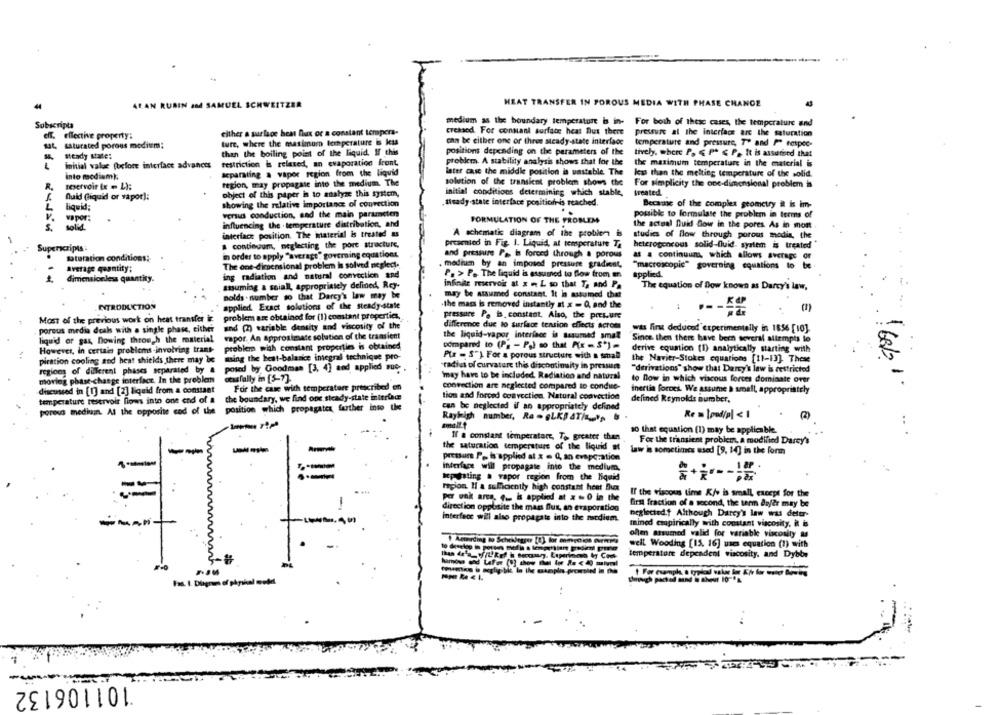
ARAN RUBIN
TZER
HEAT TRANSFER IN POROUS MEDIA WITH PHASE CHANGE
medium as the boundary temperature is in-
Subscripts
For both of these cases, the temperature and
eff. effective property:
either a surlage heat fax or a constant tempera-
creased. For consant surface heat But there
pressure at the interface are the saturation
ture, where the maximum temperature is less
chn be either one or three steady-state interface
temperature and pressure, T' and Pª respec-
saturated porous meditem:
positions depending on the parameters of the
steady state:
than the boiling point of the liquid. If this
tively, where P. € PR & P. It is assured that
initial value (before interface advances
restriction is related, an evaporation front.
problem. A stability analysis shows that for the
the maximum temperature in the material is
later case the middle position is unstable. The
Into modium):
separating a vapor region from the liquid
less than the melting temperature of the solid.
R.
reservoir (x = L):
region, may propagate into the medium. The
solution of the transient problem shows the
For simplicity the one-dimensional problem is
object of this paper is to analyze this system,
initial conditions determining which stable,
treated.
fluid (liquid or yapor):
L
liquid;
showing the relative importance of convection
, tuady-state interface position is reached.
Became of the complex geometry it is im-
versus conduction, sad the main parameters
possible to formulate the problem in terms of
vapor;
FORMULATION OF THE PROBLEM
solid.
influencing the temperature distribution, and
the actual fluid flow in the pores As in mont
interface position. The material is treated as
A schematic diagram of the problem is
studies of flow through porous media, the
Superscripts:
A continuum, neglecting the pore structure,
preamied in Fig. 1. Liquid, at temperature Ta
heterogeneous solid-fluid. system is treated
Saturation conditions!
in order to apply "average" governing equations
and pressure Pa. i forced through a porous
at a continuuna, which allows average or
.
The one-dimensional problem Is solved neglect.
. medium by an imposed pressure gradient,
"macroscopic" governing equations to be
Average quantity:
dimensionless quantity.
ing radiation and natural convection and
P. > P. The liquid is assumed to flow from an
applied
assuming a seiall, appropriately defined, Rey-
infinite reservoir at x = L so that Ta and Pa
The equation of flow known as Darcy's law,
nolds . number so that Darcy's law may be
may be assumed constant, It in assumed that
INTRODUCTION
applied Exact solutions of the steady-state
the mars is removed instantly at x - Q, and the
pressare Po ts. constant, Also, the pressure
Most of the previous work on heat transfer ic
problem are obtained for (1) constant properties.
porous media deals with a single phase, either
and (2) variable density and viscosity of the
difference due to surface tension effects across
was First deduced experimentally in 1856 [10].
vapor. An approximate solution of the transient
the liquid-vapor interface is assumed small
liquid or gas, nowing through the material
Since then there have been several attempts le
However, in certain problems-involving trans-
problem with constant properties is obtained
compared to (Pg - Pg) so that P(x = S') -
derive equation (1) analytically starting with
ming the best-balance integral technique pro-
Pla - S") For a porous structure with a small
piration cooling and heat shields there may be
radius of curvature this discontinuity in pressure
the Navier-Stokes equations [11-13]. These
regions of diferent phases separated by &
posed by Goodman [3, 4] and applied wue.
"derivations" show that Darcy's law is restricted
moving phase-change interface. In the problem
otusfally in [5-7].
"may have to be included. Radiation and natural
to low in which viscous forces dominate over
For the case with temperature prescribed en
convection are neglected compared to condue-
discussed in [1] and [2] liquid from a constant
inertia forces. We assume a small, appropriately
temperature reservoir flows into one end of a
the boundary, we find one steady-state interface
tion and forced convection. Natural convection
defined Reynolds Bumber,
position which propagates further into the
can be neglected if an appropriately defined
porous medinin. At the opposite cad of the
Re = |pod/p| < 1
Rayhigh number, Ra - GLKS ATit's
If a constant temperature, To greater than
10 that equation (1) may be applicable.
...
For the transient problem, a modified Darcy's
--
the saturation temperature of the liquid at
law is sometimes used [9, 14] in the form
pressure Po is applied al x = Q, an evaporation
interface will propagate into the medium.
hep ating a vapor region from the liquid
region. Il a sufficiently high constant heat Bux
If the viscous time K/w is small, except for the
Per unk arca, . is applied at x - 0 la the
direction opposite the mass flut, an evaporation
first fraction of a second, the terin anfer may be
neglected.f Although Darcy's law was destr-
interface will also propagate into the medium.
tained empirically with constant viscosity. it is
ollen assumed valid for variable viscosity &
well Wooding [15. 16] uses equation (1) with
temperature dependent viscosity, and Dybt
Fas. 1. Diagram of physical model
101106132